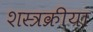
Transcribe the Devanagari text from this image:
शस्त्रक्रीया